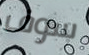
سوف